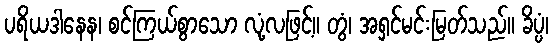
ပရိယဒါနေန၊ စင်ကြယ်စွာသော လုံ့လဖြင့်။ တွံ၊ အရှင်မင်းမြတ်သည်။ ခိပ္ပံ၊